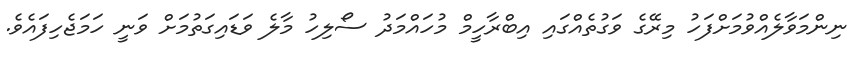
ނިންމަވާލެއްވުމަށްފަހު މިރޭގެ ވަގުތެއްގައި އިބްރާހީމް މުހައްމަދު ސޯލިހު މާލެ ވަޑައިގަތުމަށް ވަނީ ހަމަޖެހިފައެވެ.